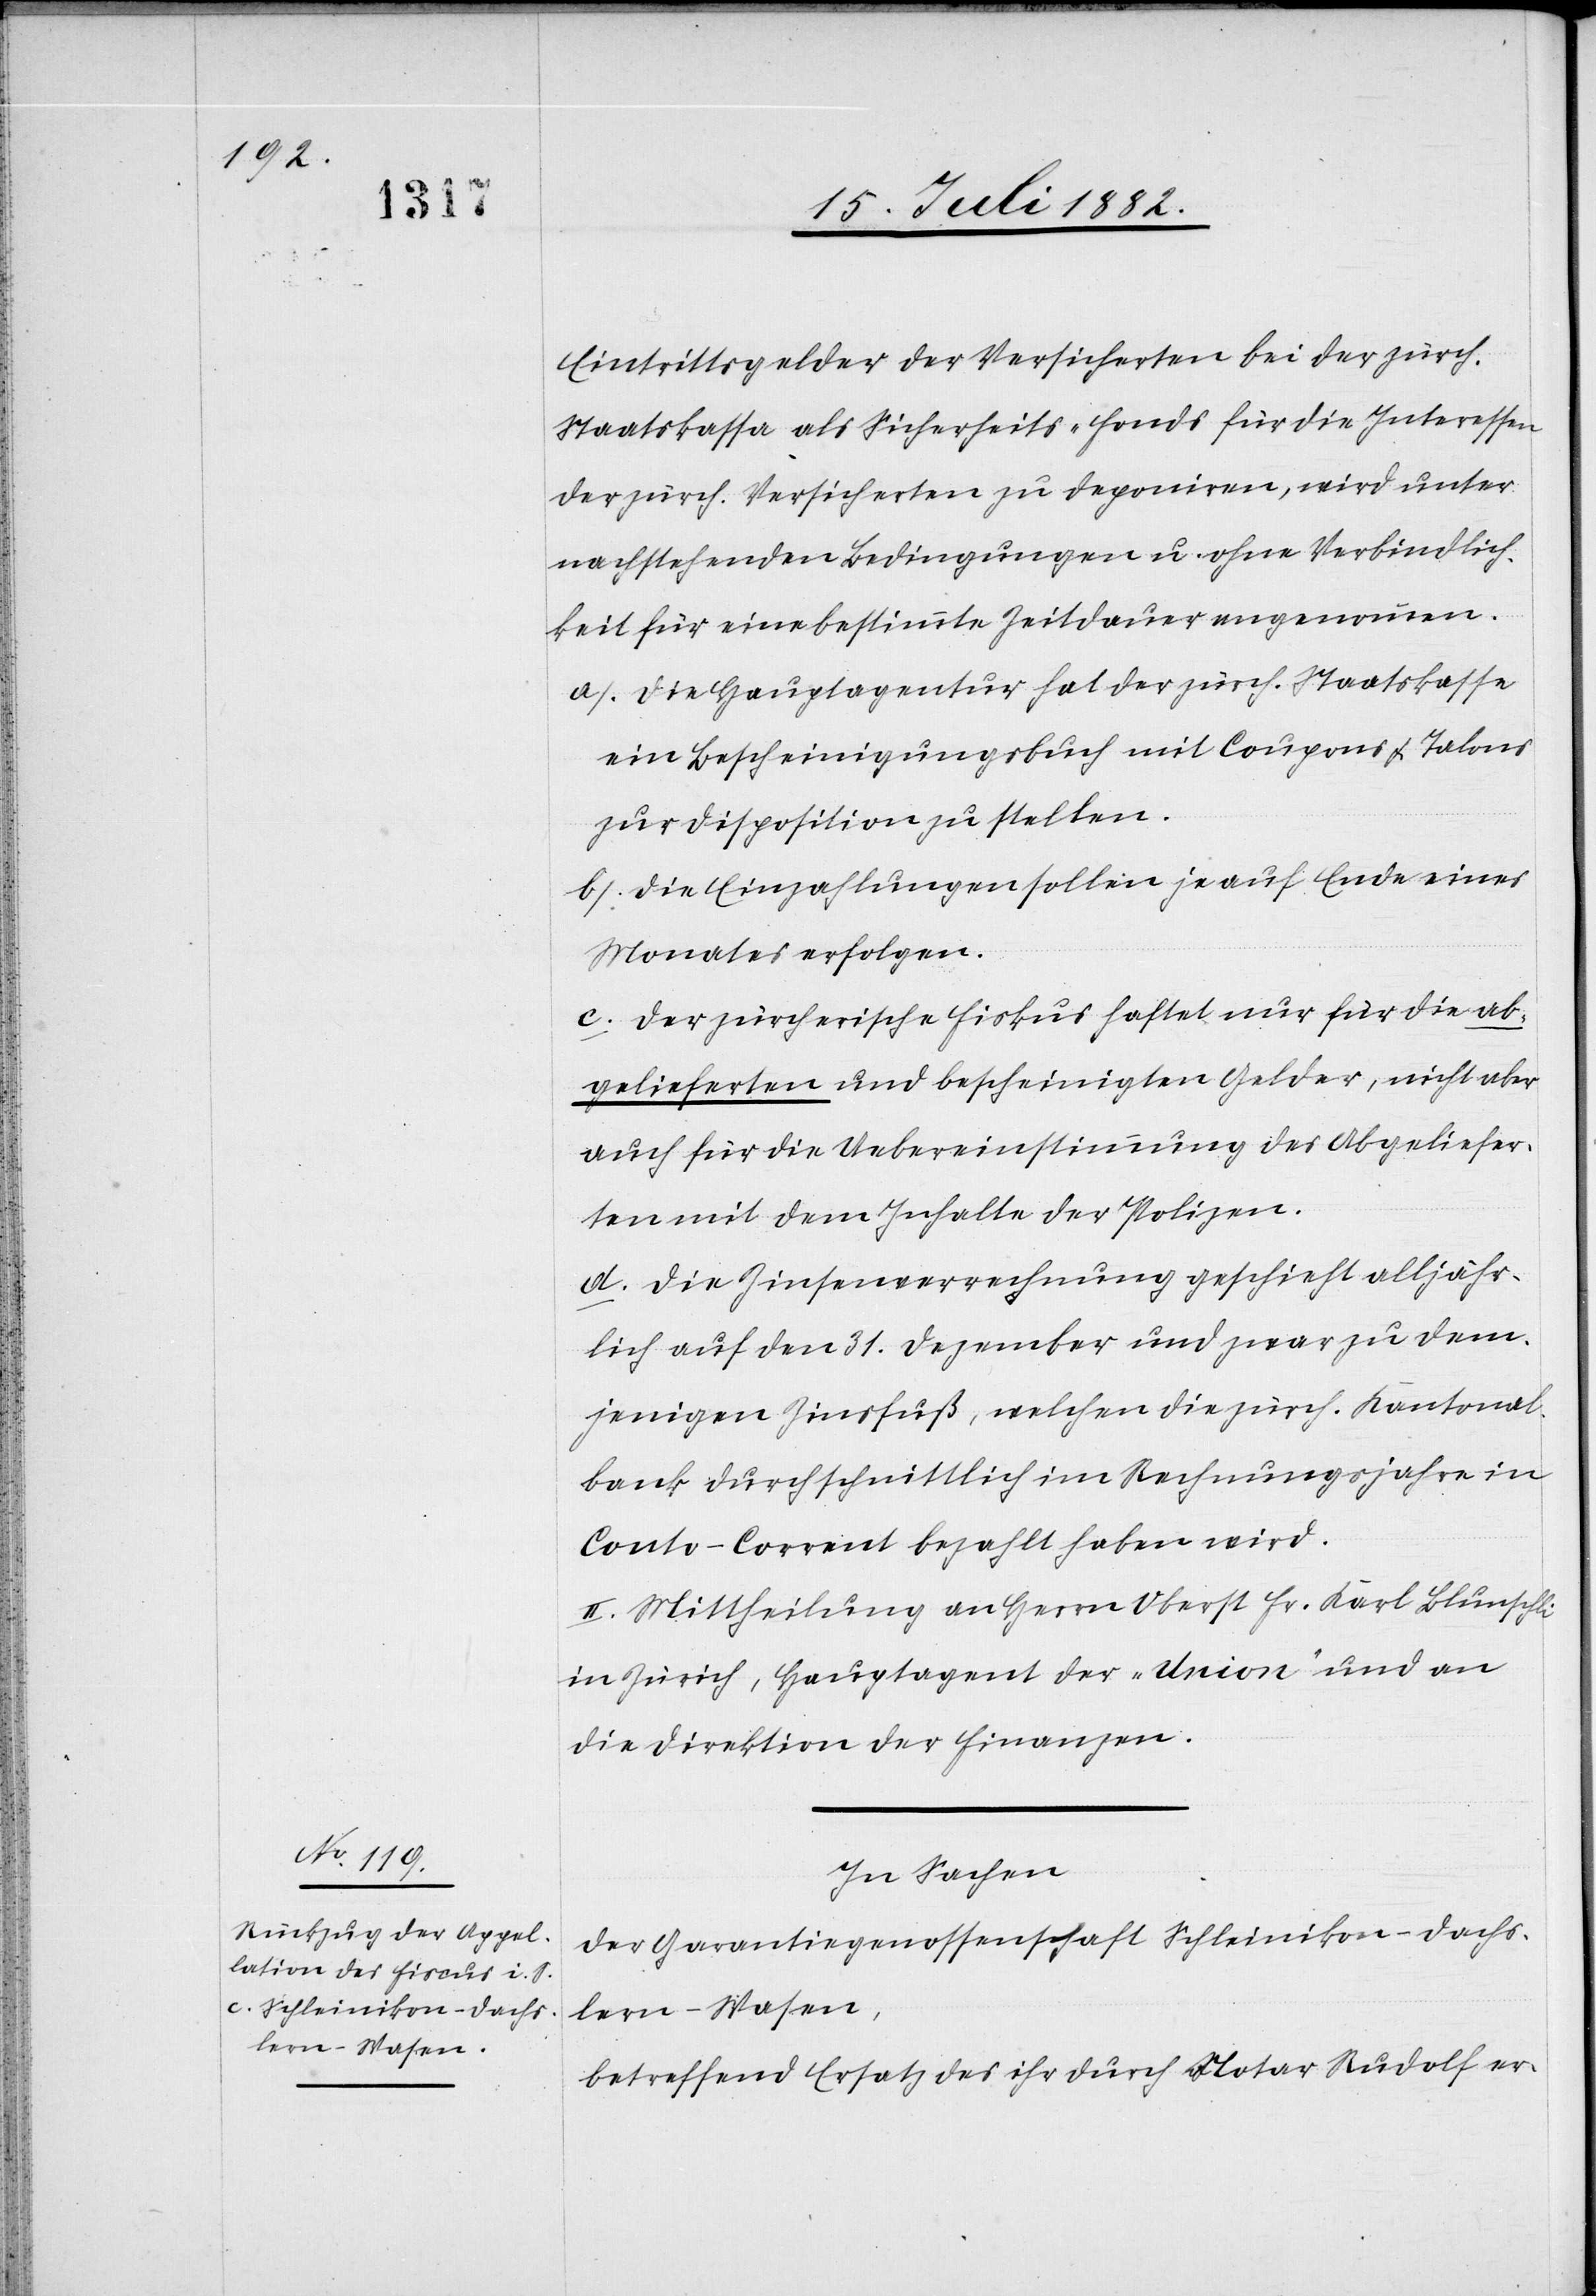
Eintrittsgelder der Versicherten bei der zürch.
Staatskassa als Sicherheits-Fonds für die Interessen
der zürch. Versicherten zu deponiren, wird unter
nachstehenden Bedingungen u. ohne Verbindlich¬
keit für eine bestimmte Zeitdauer angenommen.
a) Die Hauptagentur hat der zürch. Staatskasse
ein Bescheinigungsbuch mit Coupons & Talons
zur Disposition zu stellen.
b) Die Einzahlungen sollen je auf Ende eines
Monates erfolgen.
c) Der zürcherische Fiskus haftet nur für die ab¬
gelieferten und bescheinigten Gelder, nicht aber
auch für die Uebereinstimmung des Abgeliefer¬
ten mit dem Inhalte der Polizen.
d) Die Zinsenverrechnung geschieht alljähr¬
lich auf den 31. Dezember und zwar zu dem¬
jenigen Zinsfuß, welchen die zürch. Kantonal¬
bank durchschnittlich im Rechnungsjahre in
Conto-Corrent bezahlt haben wird.
II. Mittheilung an Herrn Oberst Fr. Karl Bluntschli
in Zürich, Hauptagent der „Union“ und an
die Direktion der Finanzen.
In Sachen
der Garantiegenossenschaft Schleinikon-Dachs¬
lern-Wasen,
betreffend Ersatz des ihr durch Notar Rudolf er-